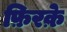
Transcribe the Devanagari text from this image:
फ़िरक़े